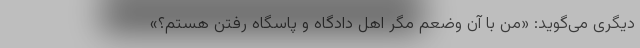
دیگری می‌گوید: «من با آن وضعم مگر اهل دادگاه و پاسگاه رفتن هستم؟»